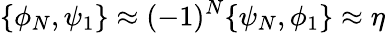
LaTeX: \{ \phi_{N},\psi_{1}\} \approx(-1)^{N}\{ \psi_{N},\phi_{1}\} \approx\eta